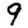
Digit: 9